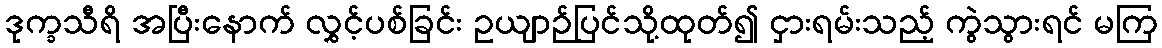
ဒုက္ခသီရိ အပြီးနောက် လွှင့်ပစ်ခြင်း ဥယျာဉ်ပြင်သို့ထုတ်၍ ငှားရမ်းသည့် ကွဲသွားရင် မကြ